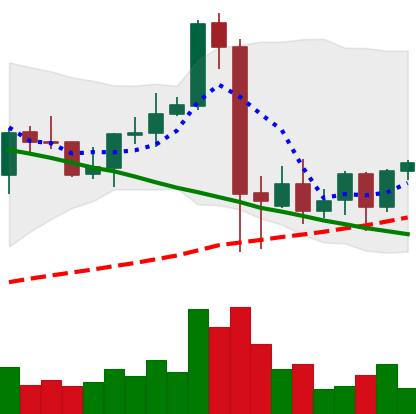
Ticker: NEO-USD
Chart end date: 2021-09-15
Forward return: -21.448%
Label: down_7plus